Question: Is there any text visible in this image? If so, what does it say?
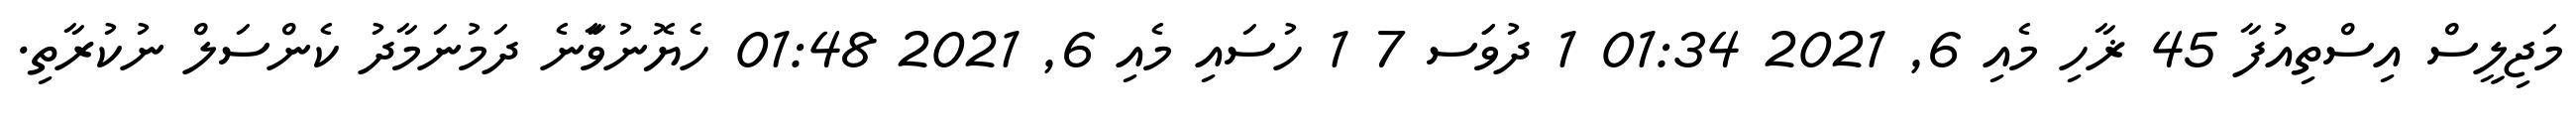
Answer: މަޖިލީސް އިސްތިއުފާ 45 ޜާހި މެއި 6, 2021 01:34 1 ދުވަަސ 7 1 ހުސައި މެއި 6, 2021 01:48 ހެޔޮނުވަާނެ ދަމުނަމާދު ކެންސަލް ނުކުރާތި.